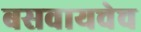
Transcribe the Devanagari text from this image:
बसवायचेच